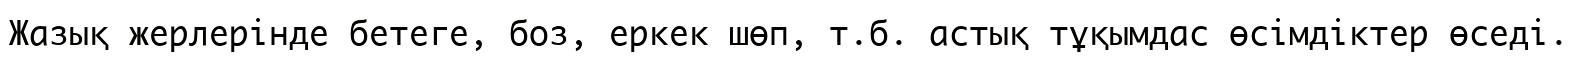
Жазық жерлерінде бетеге, боз, еркек шөп, т.б. астық тұқымдас өсімдіктер өседі.